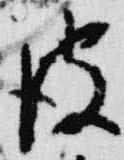
彼